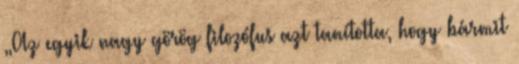
„Az egyik nagy görög filozófus azt tanította, hogy bármit